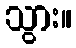
သွား။